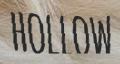
HOLLOW